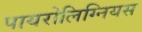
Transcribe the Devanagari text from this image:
पायरोलिग्नियस